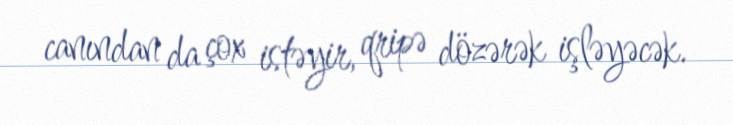
canından da çox istəyir, qripə dözərək işləyəcək.